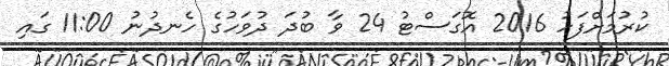
ކުރުމަށްފަހު 2016 އޮގަސްޓު 24 ވާ ބުދަ ދުވަހުގެ ހެނދުނު 11:00 ގައި